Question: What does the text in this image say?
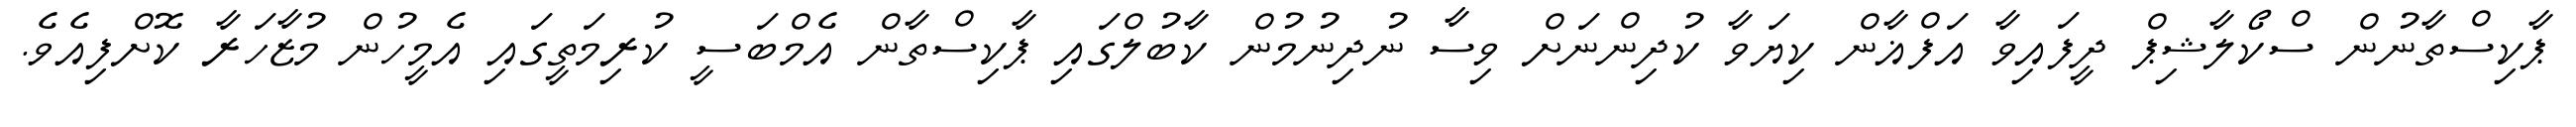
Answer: ޕާކިސްތާނުން ސްކޯލާޝިޕް ދީފައިވާ އަފްޣާން ކިޔަވާ ކުދިންނަށް ވިސާ ނުދިނުމުން ކާބުލްގައި ޕާކިސްތާން އެމްބަސީ ކުރިމަތީގައި އެމީހުން މުޒާހަރާ ކޮށްފިއެވެ.